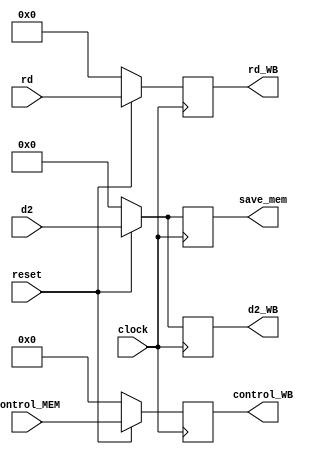
//Module to write Mem_WB

module writeMem_WB(
	input wire reset,
	input wire [7:0] control_MEM,
	input wire signed [31:0] d2,
	input wire [4:0] rd,
	input wire clock,
	output reg signed [31:0] d2_WB, 
	output reg [4:0] rd_WB,
	output reg signed [31:0] save_mem,
	output reg [7:0] control_WB);
	
	always@(posedge clock) begin
		if(!reset) begin
			save_mem[31:0] <= 32'b0;
			d2_WB[31:0] <= 32'b0;
			rd_WB[4:0] <= 5'b0;
			control_WB[7:0] <= 8'b0;
		end else begin
			save_mem[31:0] <= d2[31:0];
			d2_WB[31:0] <= d2[31:0];
			rd_WB[4:0] <= rd[4:0];
			control_WB[7:0] <= control_MEM[7:0];
		end
	end
	
endmodule